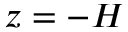
z = - H